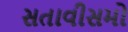
સતાવીસમો